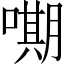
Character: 𭊫